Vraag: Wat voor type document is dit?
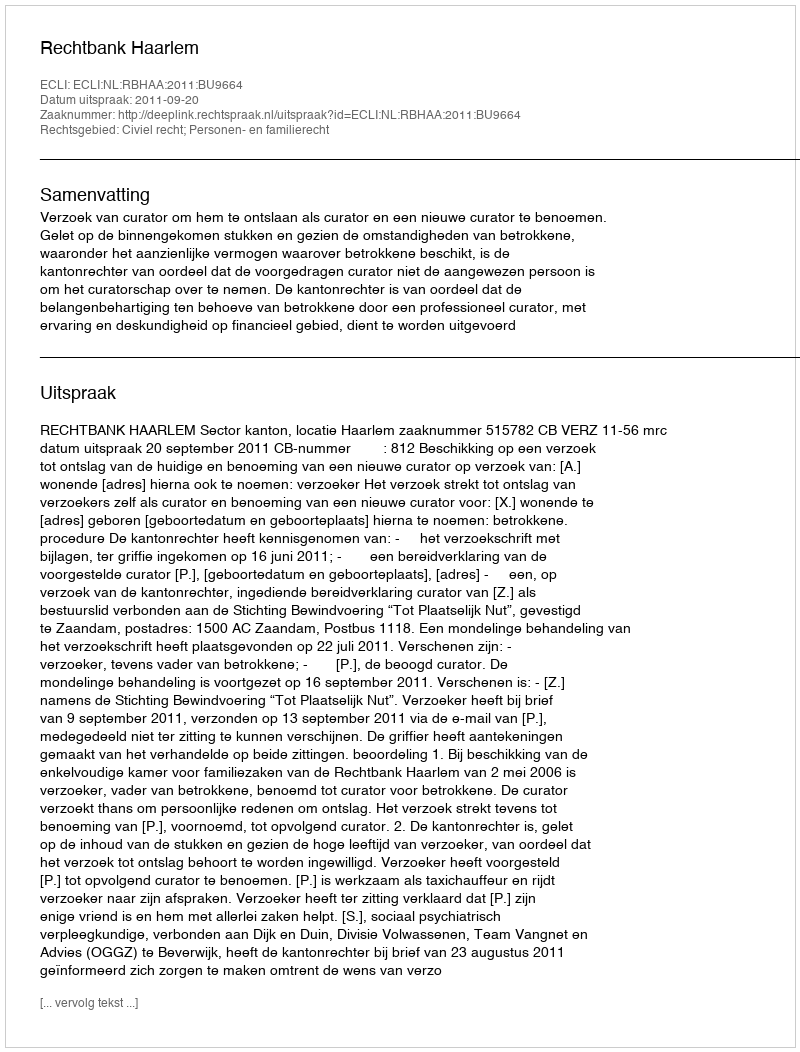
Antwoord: Uitspraak